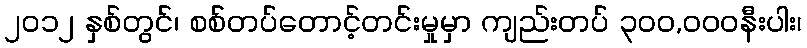
၂၀၁၂ နှစ်တွင်၊ စစ်တပ်တောင့်တင်းမှုမှာ ကျည်းတပ် ၃၀၀,၀၀၀နီးပါး၊